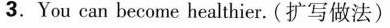
3.You can become healthier. (扩写做法)